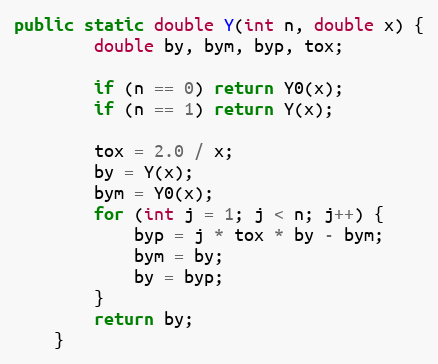
Language: Java
public static double Y(int n, double x) {
        double by, bym, byp, tox;

        if (n == 0) return Y0(x);
        if (n == 1) return Y(x);

        tox = 2.0 / x;
        by = Y(x);
        bym = Y0(x);
        for (int j = 1; j < n; j++) {
            byp = j * tox * by - bym;
            bym = by;
            by = byp;
        }
        return by;
    }